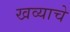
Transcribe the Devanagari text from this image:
खव्याचे